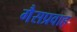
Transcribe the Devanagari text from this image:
गैसप्रवाह